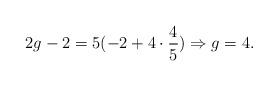
LaTeX: \begin{align*}2g-2 = 5 (-2+4 \cdot \frac{4}{5}) \Rightarrow g=4.\end{align*}